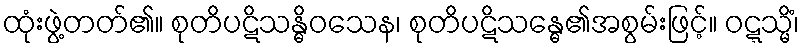
ထုံးဖွဲ့တတ်၏။ စုတိပဋိသန္ဓိဝသေန၊ စုတိပဋိသန္ဓေ၏အစွမ်းဖြင့်။ ဝဋ္ဋသ္မိံ၊